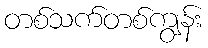
တစ်သက်တစ်ကျွန်း